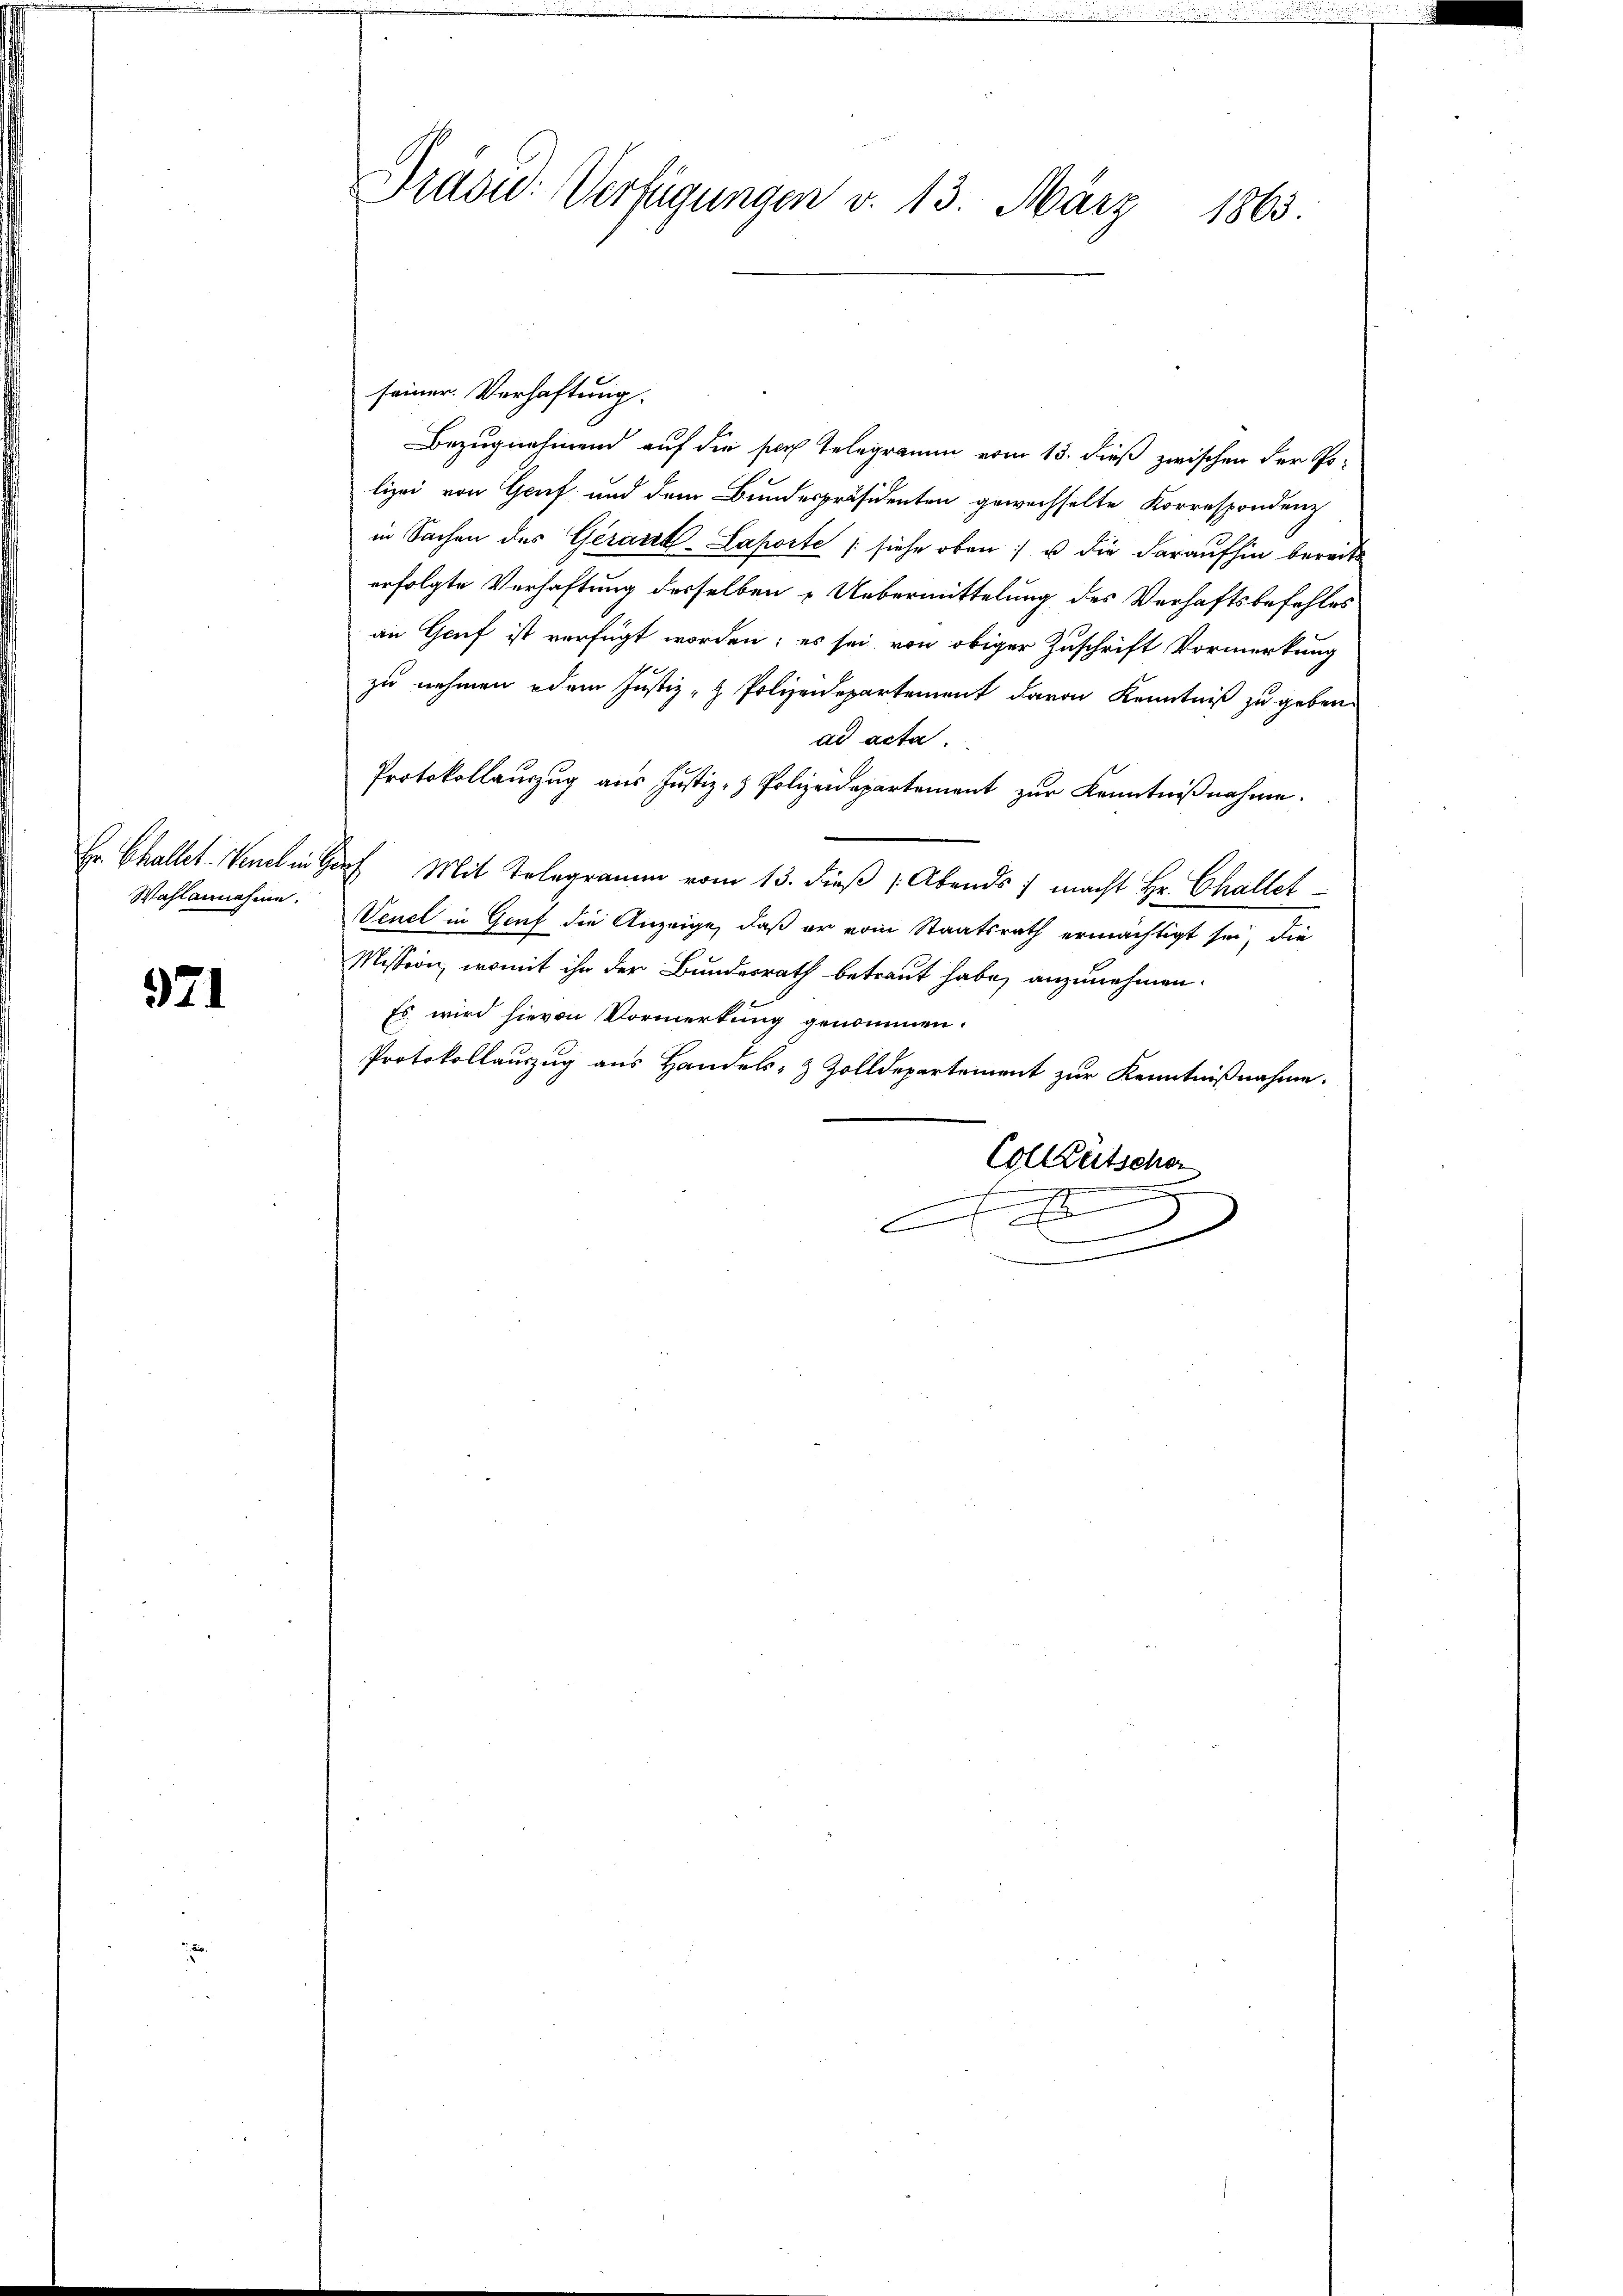
Wahlannahme.

971

Pradu: Verfügungen v. 13. März 1863.

seiner Verhaftung.
Bezugnahmend auf die sich Telegramm vom 13. dieß zwischen der Polizei von Genf und dem Bundespräsidenten gewechselte Korrespondenz
in Sachen des Gerant-Laporte (siehe oben u die daraufhin bereits
erfolgte Verhaftung desselben Uebermittelung des Verhaftsbefehles
an Genf ist verfügt worden; es sei, von obiger Zuschrift Vormerkung
zu nehmen oder Justiz- & Polizeidepartement davon Kenntniß zu geben.
ad acta
Protokollauszug aus Justiz- & Polizeidepartement zur Kenntnißnahme.
Er Challet-Venelen darf Mit Telegramm vom 13. dieß ( Abends 1 macht Hr. Challet
Venel in Genf die Anzeige, daß er vom Staatsrath ermächtigt sei, die
Mission, womit ihn der Bundesrath betraut habe, anzunehmen.
Es wird hievon Vormerkung genommen.
Protokollauszug aus Handels- & Zolldepartement zur Kenntnißnahme.
Colletscha
.
n
d
E
.
d